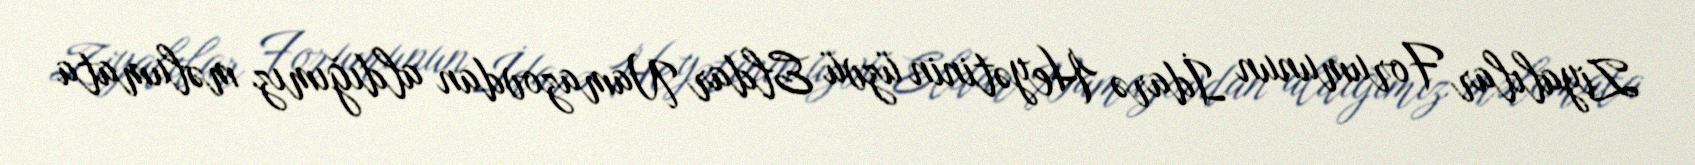
Ziyalılar Forumunun İdarə Heyətinin üzvü Eldar Namazovdan aldığımız məlumata